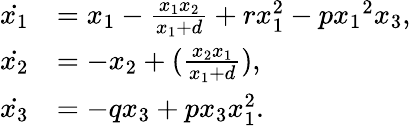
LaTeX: \begin{array}{rl}{\dot{{x}_{1}}}&{={x}_{1}-\frac{{x}_{1}{x}_{2}}{{x}_{1}+d}+{r}{x}_{1}^{2}-{p}{{{x}_{1}}^{2}}{x}_{3},}\\ {{\dot{{x}_{2}}}}&{=-{x}_{2}+(\frac{{x}_{2}{x}_{1}}{{x}_{1}+d}),}\\ {{\dot{{x}_{3}}}}&{=-{q}{x}_{3}+{p}{x}_{3}{x}_{1}^{2}.}\end{array}